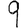
Digit: 9